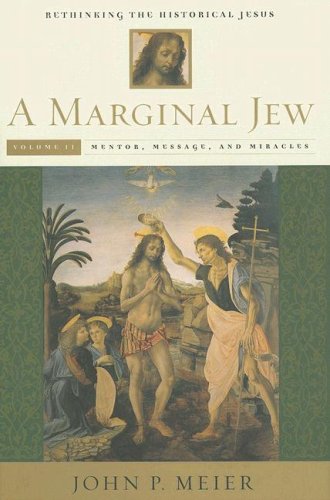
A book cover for A Marginal Jew: Rethinking the Historical Jesus, Volume II: Mentor, Message, and Miracles (The Anchor Yale Bible Reference Library); John P. Meier; Christian Books & Bibles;